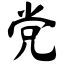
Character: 党